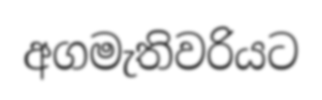
අගමැතිවරියට